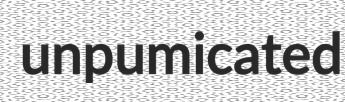
unpumicated